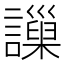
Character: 𧭄